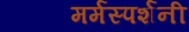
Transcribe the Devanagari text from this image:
मर्मस्पर्शनी